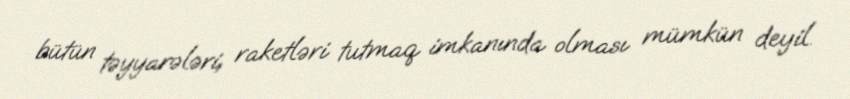
bütün təyyarələri, raketləri tutmaq imkanında olması mümkün deyil.